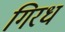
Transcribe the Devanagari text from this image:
गिरध